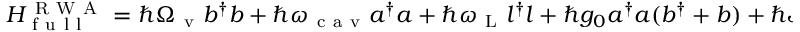
\begin{array} { r } { H _ { \mathrm { ~ f ~ u ~ l ~ l ~ } } ^ { \mathrm { ~ R ~ W ~ A ~ } } = \hbar \Omega _ { \mathrm { ~ v ~ } } b ^ { \dagger } b + \hbar \omega _ { \mathrm { ~ c ~ a ~ v ~ } } a ^ { \dagger } a + \hbar \omega _ { \mathrm { ~ L ~ } } l ^ { \dagger } l + \hbar g _ { 0 } a ^ { \dagger } a ( b ^ { \dagger } + b ) + \hbar J ( a ^ { \dagger } l + a l ^ { \dagger } ) . } \end{array}